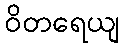
ဝိတရေယျ